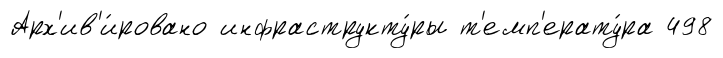
Арх'ив'и́ровано инфраструкту́ры т'емп'ерату́ра 498